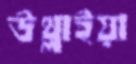
উথ্‌লাইয়া